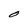
Character: O